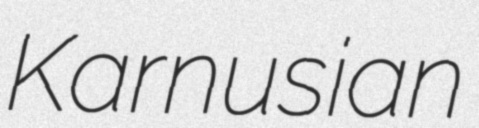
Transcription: Karnusian